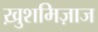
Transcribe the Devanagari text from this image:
ख़ुशमिज़ाज